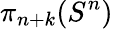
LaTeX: \pi_{n+k}(S^{n})